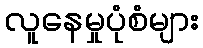
လူနေမှုပုံစံများ